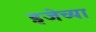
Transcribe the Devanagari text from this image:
इजेच्या